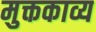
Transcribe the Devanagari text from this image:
मुक्तकाव्य